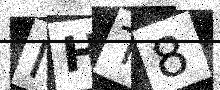
Text: MHT8